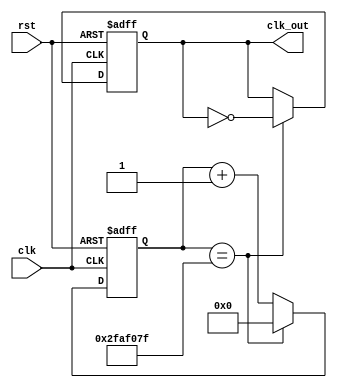
module clk_divider#(parameter n = 50000000) (input clk, rst, output reg clk_out);
    reg [31:0] count; 
    always @ (posedge(clk), posedge(rst)) begin 
        if (rst == 1'b1)
            count <= 32'b0;
        else if (count == n-1)
            count <= 32'b0;
        else
            count <= count + 1;
    end
    always @ (posedge(clk), posedge(rst)) begin 
        if (rst == 1'b1)
            clk_out <= 1'b0;
        else if (count == n-1)
            clk_out <= ~clk_out;
        else
            clk_out <= clk_out;
    end
endmodule